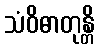
သံဝိဓာတုန္တိ